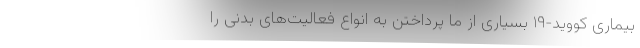
بیماری کووید-۱۹ بسیاری از ما پرداختن به انواع فعالیت‌های بدنی را